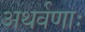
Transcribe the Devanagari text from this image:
अथर्वणाः